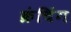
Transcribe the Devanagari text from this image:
क्रंचिंग